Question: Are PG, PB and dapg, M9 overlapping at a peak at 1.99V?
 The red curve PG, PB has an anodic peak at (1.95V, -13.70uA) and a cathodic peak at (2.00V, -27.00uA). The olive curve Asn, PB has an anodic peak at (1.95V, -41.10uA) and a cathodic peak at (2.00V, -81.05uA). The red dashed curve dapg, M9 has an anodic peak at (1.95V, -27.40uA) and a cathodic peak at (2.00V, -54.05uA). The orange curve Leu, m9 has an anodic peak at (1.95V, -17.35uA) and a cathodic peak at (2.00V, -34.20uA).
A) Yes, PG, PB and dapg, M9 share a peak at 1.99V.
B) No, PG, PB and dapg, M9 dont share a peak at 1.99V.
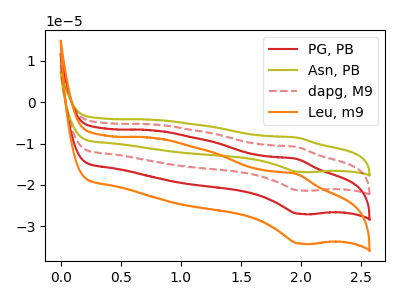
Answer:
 <answer>A) Yes, "PG, PB" and "dapg, M9" share a peak at 1.99V.</answer>
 <eval>A</eval>